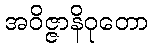
အဝိဇ္ဇာနိဝုတော